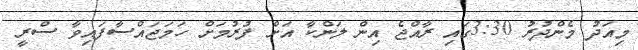
މިއަދު މެންދުރު 3:30ގައި ރާއްޖެ އިން ލަންކާ އަށް ފުރުމަށް ހަމަޖައްސާފައިވާ ސްރީ